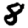
Digit: 8